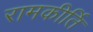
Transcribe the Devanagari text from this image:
रामकीर्ति